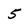
Character: 5